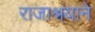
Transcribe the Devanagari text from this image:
राजाश्रयाने